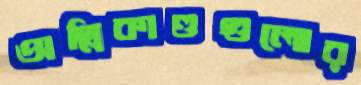
অগ্নিকাণ্ডগুলোর